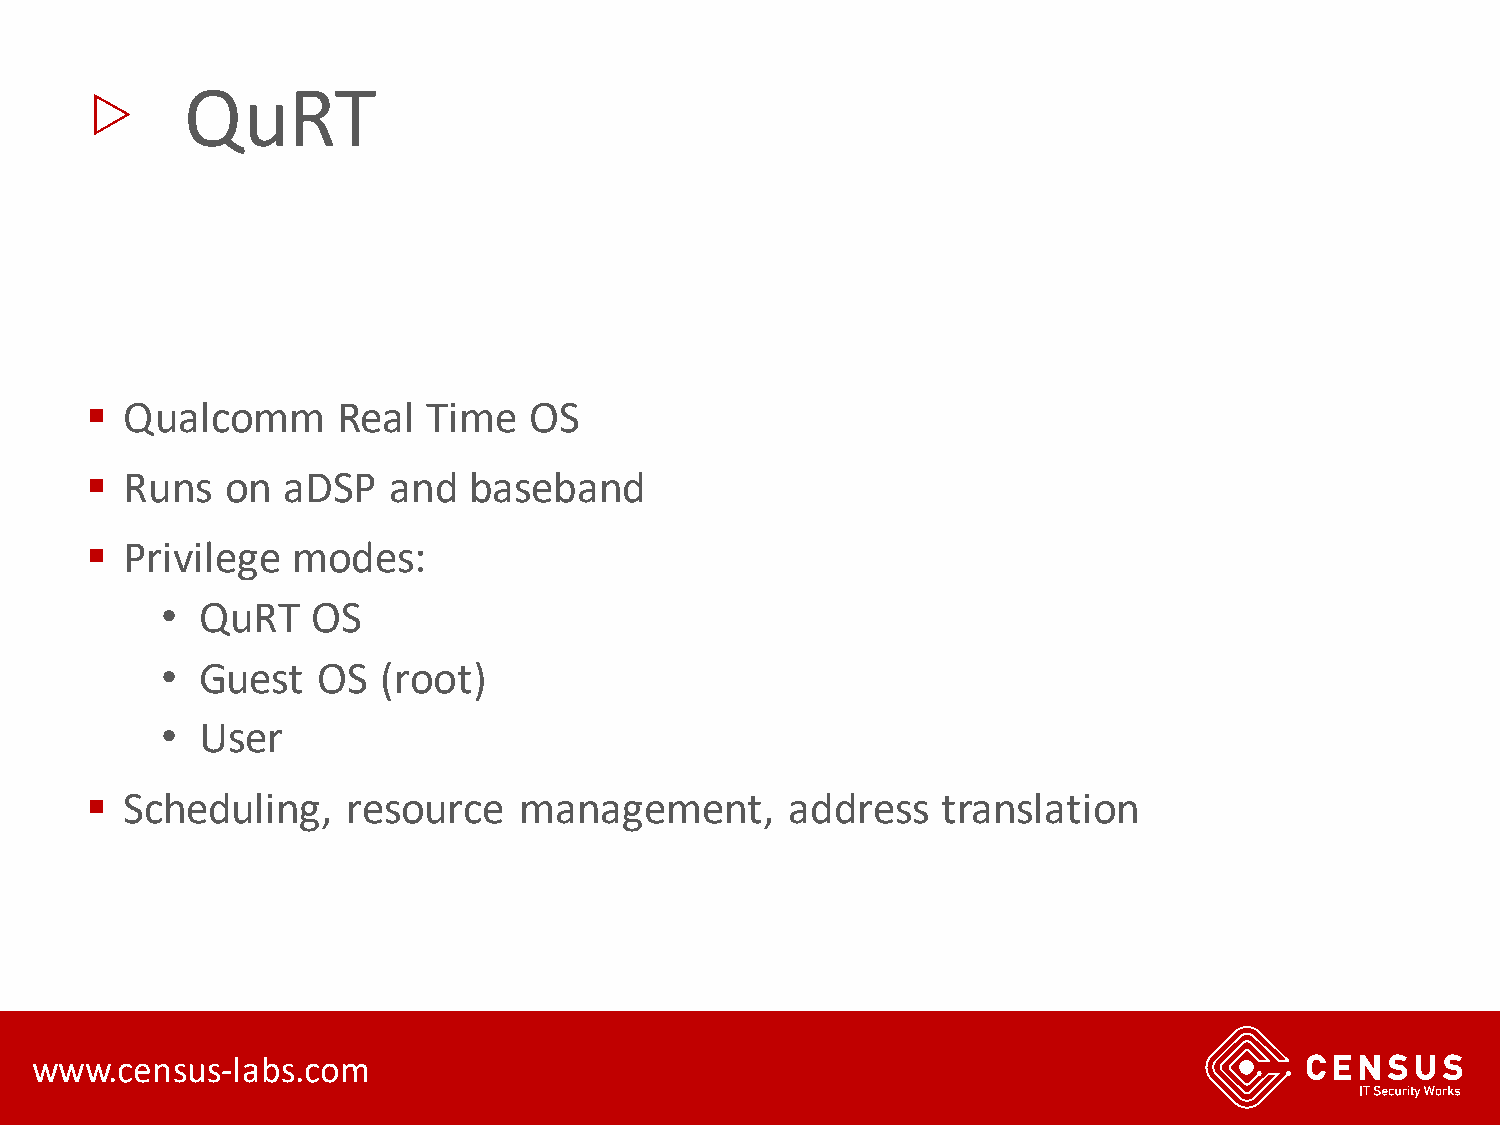
▷
 QuRT
 ▪ Qualcomm      Real  Time   OS
 ▪ Runs   on  aDSP   and  baseband
 ▪ Privilege  modes:
 • QuRT    OS
 • Guest   OS  (root)
 • User
 ▪ Scheduling,    resource   management,       address   translation
 www.census-labs.com